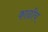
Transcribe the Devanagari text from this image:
काळीच